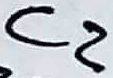
Text: C2